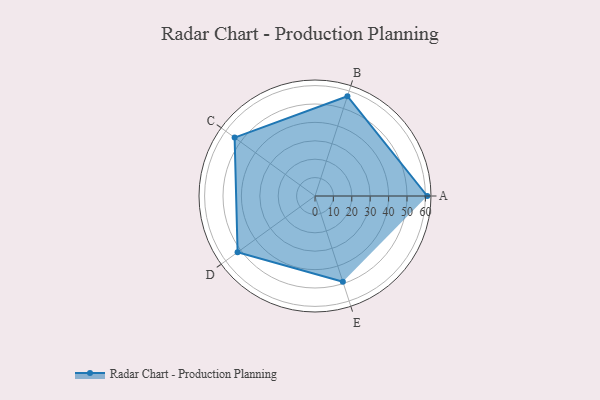
{"axis": {"x": "Skill", "y": "Score"}, "legend": ["Profile"], "data": [{"x": "A", "y": 61.0, "type": "Profile"}, {"x": "B", "y": 57.0, "type": "Profile"}, {"x": "C", "y": 54.0, "type": "Profile"}, {"x": "D", "y": 52.0, "type": "Profile"}, {"x": "E", "y": 49.0, "type": "Profile"}]}